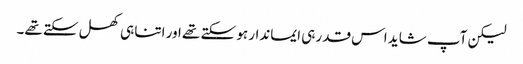
لیکن آپ شاید اس قدر ہی ایماندار ہو سکتے تھے اور اتنا ہی کھل سکتے تھے۔